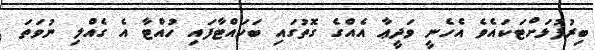
ބިރުފުޅަށްޓަކައެވެ އެހެނީ ވަދީޢާ އެއްގެ ގޮތުގައި ބަހައްޓާފައި ހުއްޓާ އެ ގެއްލި ނުވަތަ